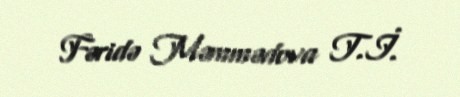
Fəridə Məmmədova T.İ.